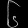
Digit: ၆